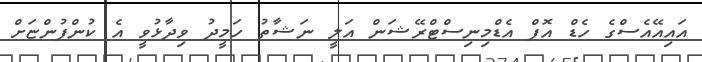
އައިއޭއެސްގެ ހެޑް އޮފް އެޑްމިނިސްޓްރޭޝަން އަލީ ނަޝާތު ހަމީދު ވިދާޅުވީ އެ ކުންފުންޏަށް